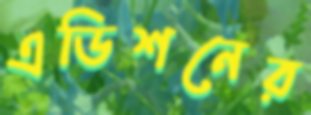
এডিশনের